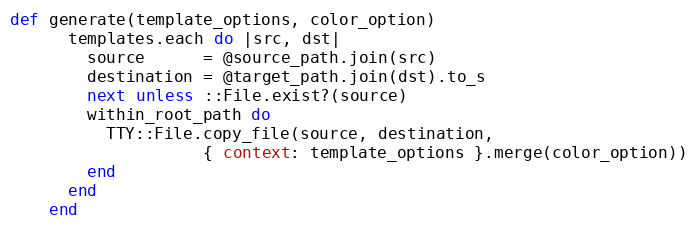
Language: Ruby
def generate(template_options, color_option)
      templates.each do |src, dst|
        source      = @source_path.join(src)
        destination = @target_path.join(dst).to_s
        next unless ::File.exist?(source)
        within_root_path do
          TTY::File.copy_file(source, destination,
                    { context: template_options }.merge(color_option))
        end
      end
    end